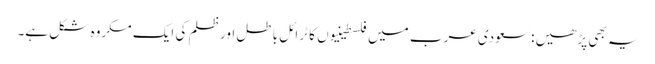
یہ بھی پڑھیں : سعودی عرب میں فلسطینیوں کا ٹرائل باطل اور ظلم کی ایک مکروہ شکل ہے۔